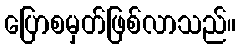
ပြောစမှတ်ဖြစ်လာသည်။